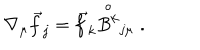
LaTeX: \nabla _ { \mu } \vec { f } _ { j } = \vec { f } _ { k } \stackrel { \circ } { B ^ { k } } _ { j \mu } \; .